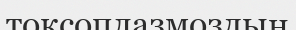
токсоплазмоздың